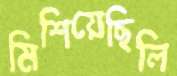
মিশিয়েছিলি